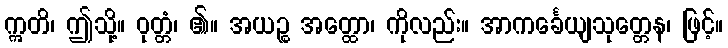
ဣတိ၊ ဤသို့။ ဝုတ္တံ၊ ၏။ အယဉ္စ အတ္ထော၊ ကိုလည်း။ အာကင်္ခေယျသုတ္တေန၊ ဖြင့်။